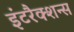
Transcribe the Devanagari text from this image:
इंटरैक्शन्स